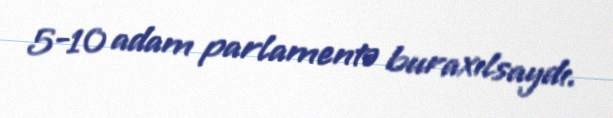
5-10 adam parlamentə buraxılsaydı.